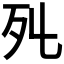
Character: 𣦾